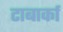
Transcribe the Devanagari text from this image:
टाबार्का